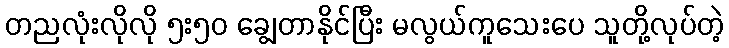
တညလုံးလိုလို ၅း၅၀ ချွေတာနိုင်ပြီး မလွယ်ကူသေးပေ သူတို့လုပ်တဲ့